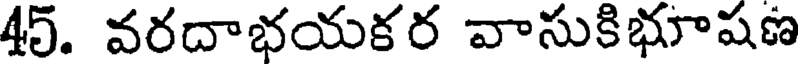
45. వరదాభయకర వాసుకిభూషణ